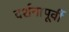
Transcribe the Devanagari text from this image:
दर्शनापूर्वी